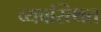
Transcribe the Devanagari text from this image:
व्यवस्त्थित